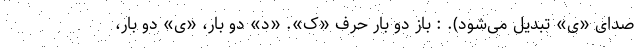
صدای «ی» تبدیل می‌شود). : باز دو بار حرف «ک». «د» دو بار، «ی» دو بار،